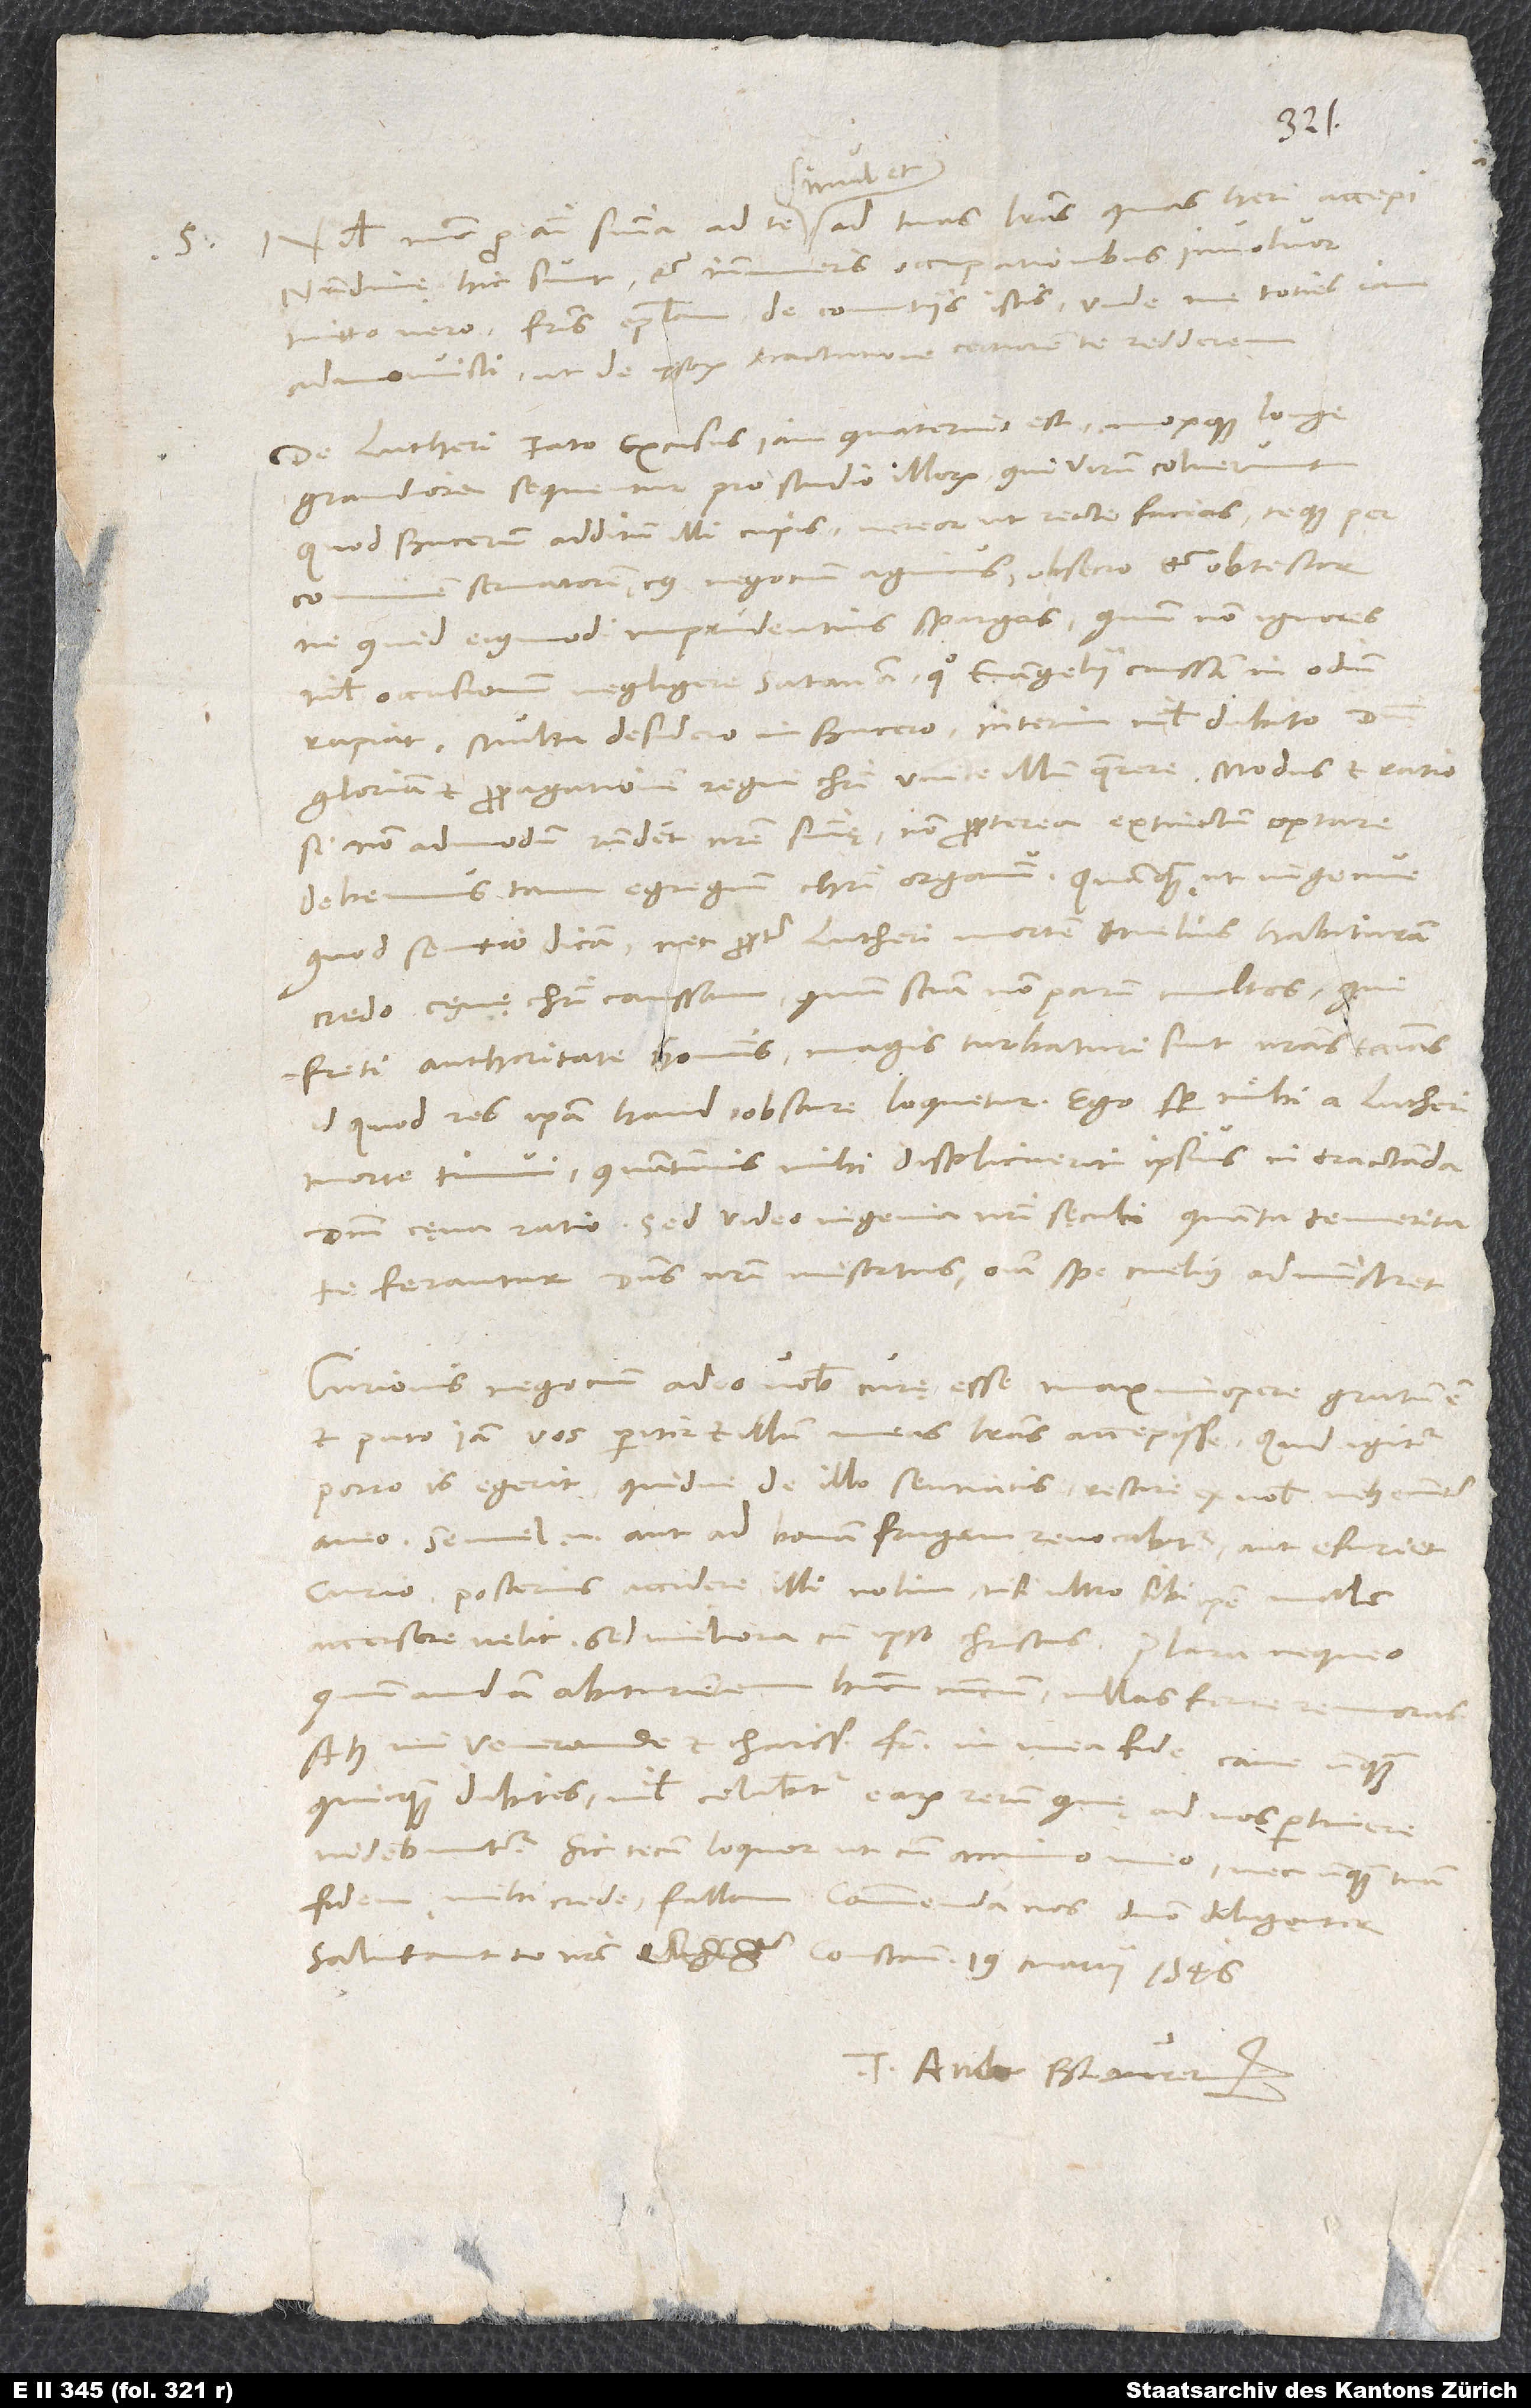
S.

Nihil nunc pro animi sententia ad te simul et ad tuas literas, quas heri accepi.
Nundinę hic sunt et innumeris occupationibus involvor.
Mitto vero fratris epistolam de comitiis istis, unde me toties iam
admonuisti, ut de ipsorum tractatione certiorem te redderem.
De Lutheri fato excusus iam quaternio est, moxque longe
grandiora sequentur pro studio illorum, qui virum coluerunt.
Quod Bucerum additum illi cupis, vereor, ut recte facias, teque per
communem servatorem, cuius negocium agimus, obsecro et obtestor,
ne quid eiusmodi imprudentius spargas, quum non ignores
nihil occasionem negligere satanam, quo evangelii caussam in odium
rapiat. Multa desidero in Bucero, interim nihil dubito domini
gloriam et propagationem regni Christi unice illum quaerere. Modus et ratio
si non admodum respondent nostre sententię, non propterea extinctum optare
debemus tam egregium Christi organum, quamquam, ut ingenue,
quod sentio, dicam, nec propter Lutheri mortem melius habituram
credo cęnę Christi caussam, quum sciam non parum multos, qui
freti authoritate hominis magis turbaturi sunt nostras ecclesias;
id quod res ipsa haud obscure loquetur. Ego semper mihi a Lutheri
morte timui, quantumvis mihi displicuerit ipsius in tractanda
domini cęna ratio; sed video, ingenia nostri sęculi quanta temeritate
ferantur. Dominus, nostri misertus, omnia spe melius administret!
Curionis negocium adeo vobis curę esse maximopere gratum est.
Et puto iam vos, pariter et illum, meas literas accepisse. Quid igitur
porro is egerit quidve de illo sentiatis, rescire ex vobis vehementer
aveo. Semel enim aut ad bonam frugem revocabitur aut esuriet
Curio. Posterius accidere illi nolim, nisi ultro sibi ipse malum
quum audiam abiturientem hunc nuncium nullas ferre
remoras.
Ah, mi venerande et charissime frater! In mea fide cave, unquam
quicquam dubites! Nihil celabitur earum rerum, quę ad vos pertinere
Sic tecum loquor ut cum animo meo nec unquam tuam
Salutant te nostri. Constantiae, 19. martii 1546.
Tuus Ambr. Blaurerus.